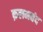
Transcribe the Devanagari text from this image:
क़लमबंद